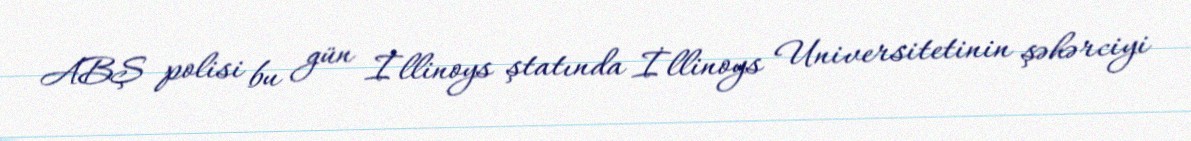
ABŞ polisi bu gün İllinoys ştatında İllinoys Universitetinin şəhərciyi